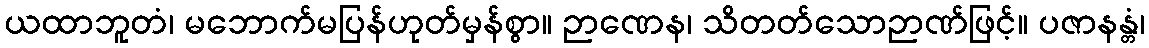
ယထာဘူတံ၊ မဘောက်မပြန်ဟုတ်မှန်စွာ။ ဉာဏေန၊ သိတတ်သောဉာဏ်ဖြင့်။ ပဇာနန္တံ၊